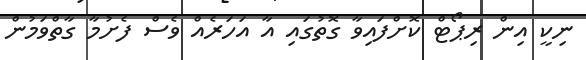
ނިކީ އިން ރިޕޯޓް ކޮށްފައިވާ ގޮތުގައި އާ އަހަރެއް ވެސް ފެށުމާ ގާތްވަމުން